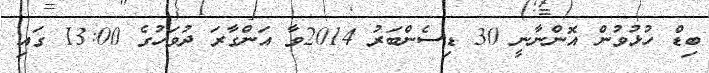
ބިޑް ހުޅުވުން އޮންނާނީ 30 ޑިސެންބަރު 2014ވާ އަންގާރަ ދުވަހުގެ 13:00 ގައި